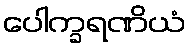
ပေါက္ခရဏိယံ